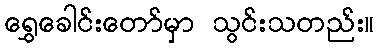
ရွှေခေါင်းတော်မှာ သွင်းသတည်း။